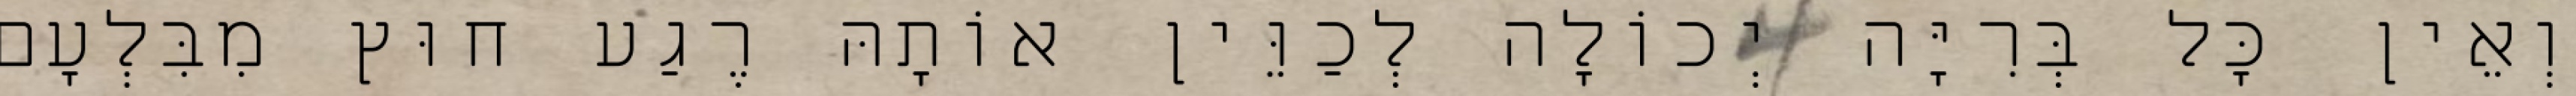
וְאֵין כָּל בְּרִיָּה יְכוֹלָה לְכַוֵּין אוֹתָהּ רֶגַע חוּץ מִבִּלְעָם